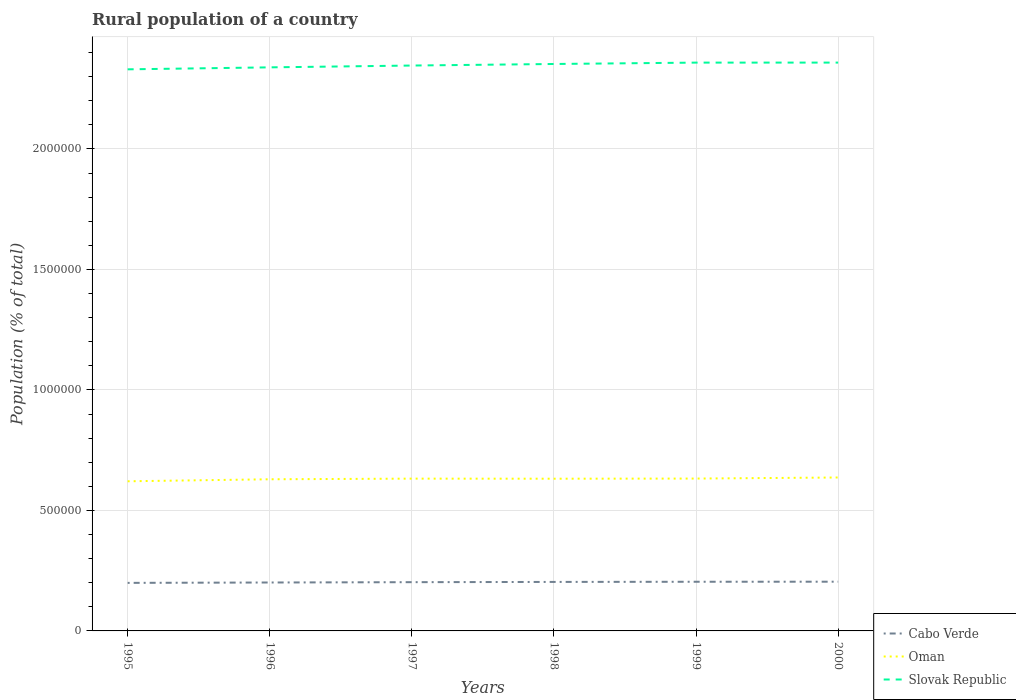
| Years | Cabo Verde | Oman | Slovak Republic |
 | --- | --- | --- | --- |
 | 1995 | 1.99e+05 | 6.21e+05 | 2.33e+06 |
 | 1996 | 2.01e+05 | 6.29e+05 | 2.34e+06 |
 | 1997 | 2.02e+05 | 6.32e+05 | 2.35e+06 |
 | 1998 | 2.03e+05 | 6.32e+05 | 2.35e+06 |
 | 1999 | 2.04e+05 | 6.32e+05 | 2.36e+06 |
 | 2000 | 2.04e+05 | 6.37e+05 | 2.36e+06 |